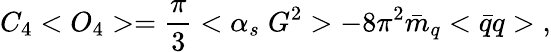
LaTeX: C_{4}<O_{4}>=\frac{\pi}{3}<\alpha_{s}\; G^{2}>-8\pi^{2}\bar{m}_{q}<\bar{q}q>\; ,